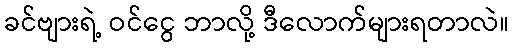
ခင်ဗျားရဲ့ ဝင်ငွေ ဘာလို့ ဒီလောက်များရတာလဲ။